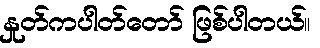
နှုတ်ကပါတ်တော် ဖြစ်ပါတယ်။